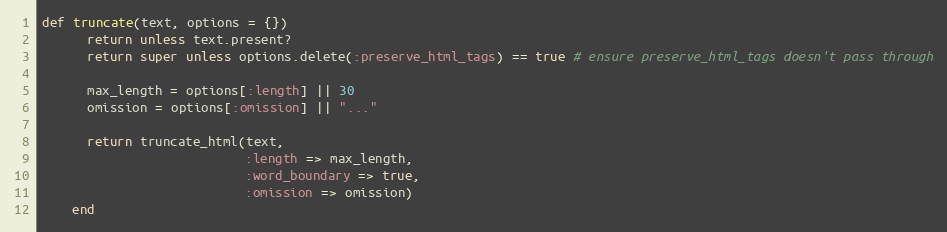
Language: Ruby
def truncate(text, options = {})
      return unless text.present?
      return super unless options.delete(:preserve_html_tags) == true # ensure preserve_html_tags doesn't pass through

      max_length = options[:length] || 30
      omission = options[:omission] || "..."

      return truncate_html(text,
                           :length => max_length,
                           :word_boundary => true,
                           :omission => omission)
    end